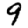
Digit: 9